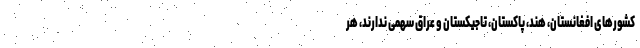
کشورهای افغانستان، هند، پاکستان، تاجیکستان و عراق سهمی ندارند، هر